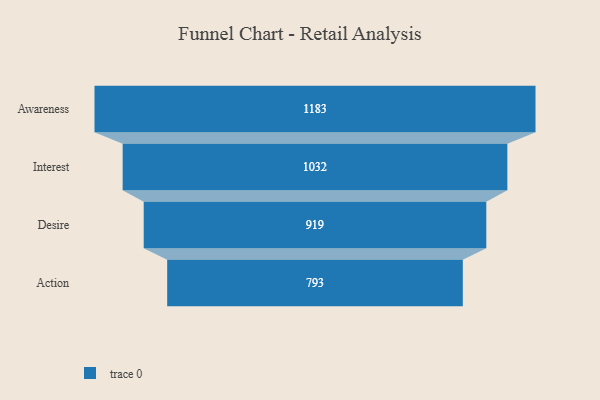
{"axis": {"x": "Stage", "y": "Value"}, "legend": [""], "data": [{"x": "Awareness", "y": 1183.0, "type": ""}, {"x": "Interest", "y": 1032.0, "type": ""}, {"x": "Desire", "y": 919.0, "type": ""}, {"x": "Action", "y": 793.0, "type": ""}]}